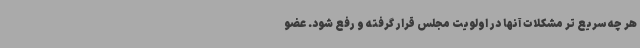
هر چه سریع تر مشکلات آنها در اولویت مجلس قرار گرفته و رفع شود. عضو